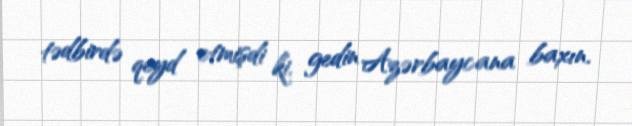
tədbirdə qeyd etmişdi ki, gedin Azərbaycana baxın.